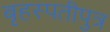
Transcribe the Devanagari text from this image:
बृहस्पतीपुत्र